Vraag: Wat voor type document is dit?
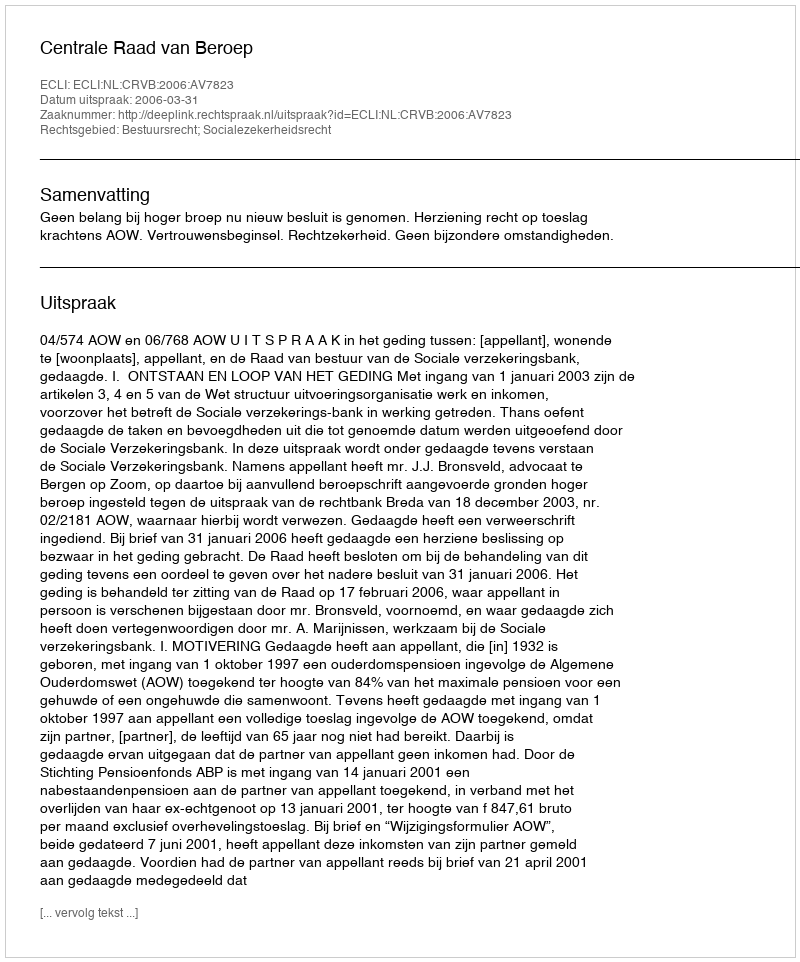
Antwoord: Uitspraak